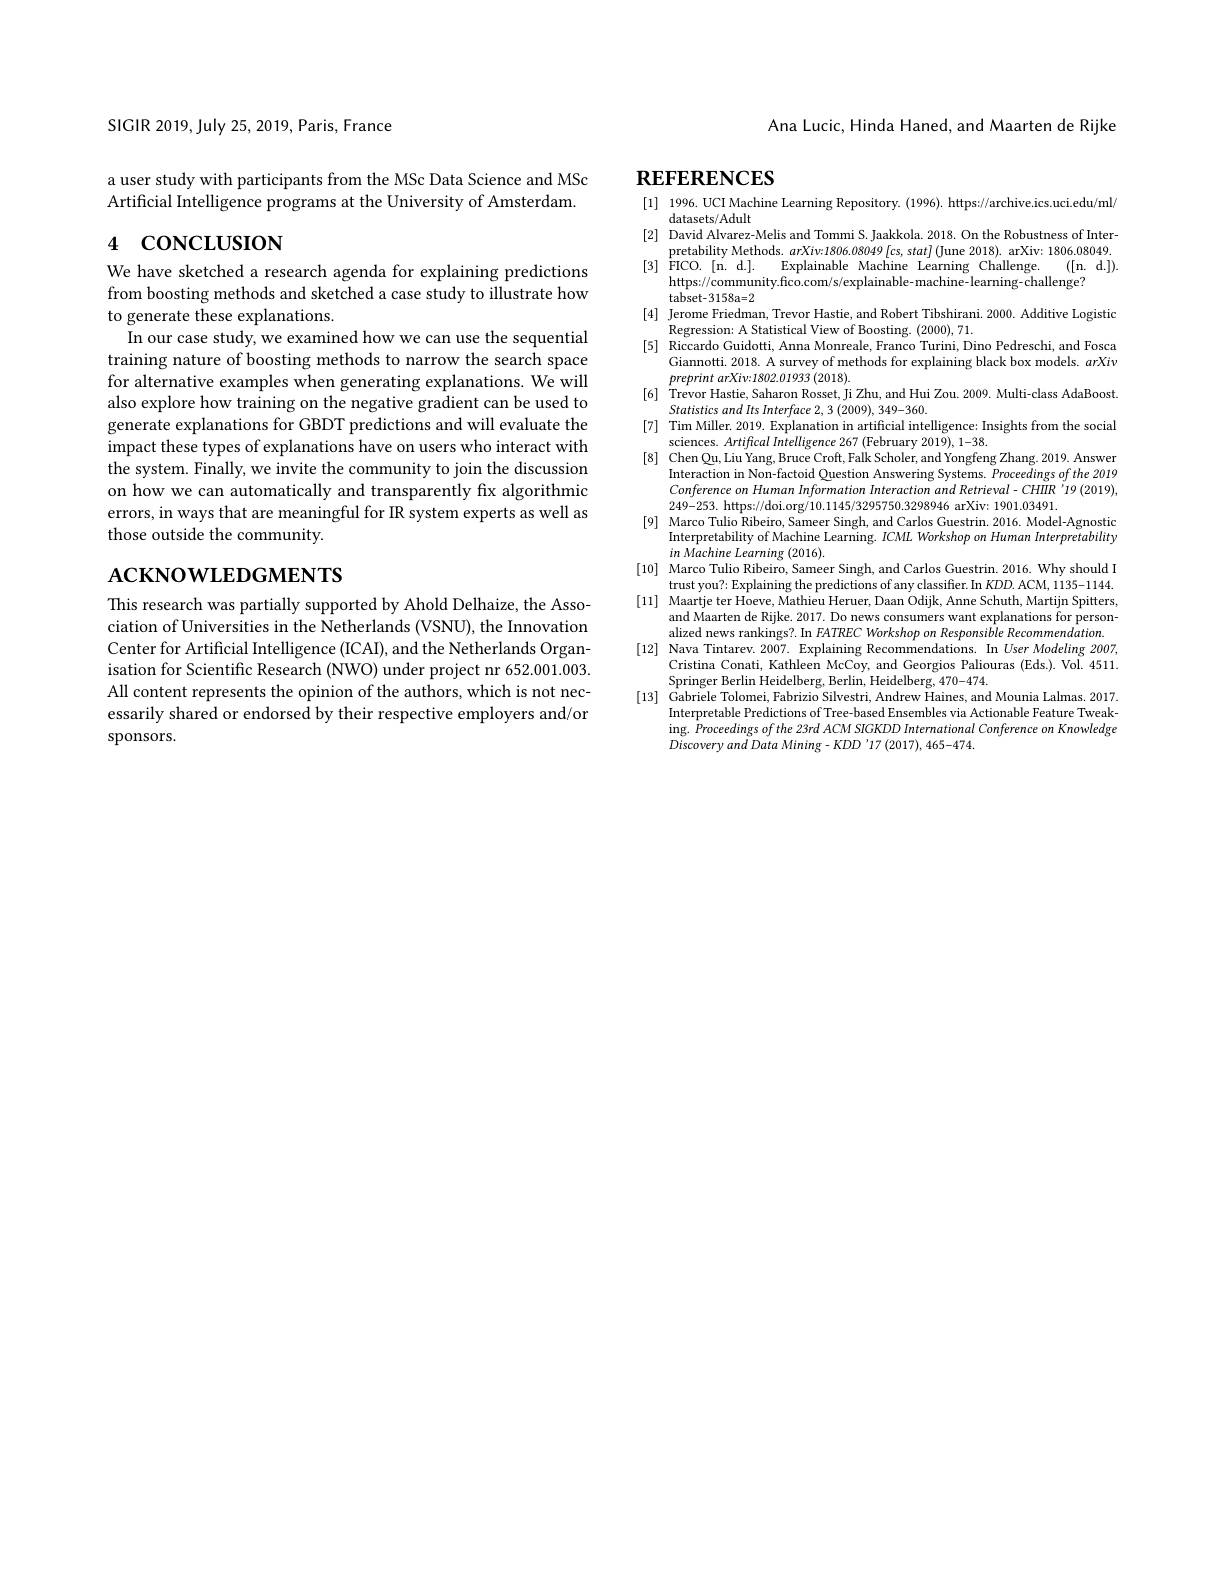
Ana Lucic, Hinda Haned, and Maarten de Rijke

SIGIR 2019, July 25,2019, Paris, France

a user study with participants from the MSc Data Science and MSc Artificial Intelligence programs at the University of Amsterdam.

# 4 concLusıon

We have sketched a research agenda for explaining predictions from boosting methods and sketched a case study to illustrate how to generate these explanations.
In our case study, we examined how we can use the sequential training nature of boosting methods to narrow the search space for alternative examples when generating explanations. We will also explore how training on the negative gradient can be used to generate explanations for GBDT predictions and will evaluate the impact these types of explanations have on users who interact with the system. Finally, we invite the community to join the discussion on how we can automatically and transparently fx algorithmic errors, in ways that are meaningful for IR system experts as well as those outside the community.

# $\mathbf{ACKNOWLEDGMENTS}$

This research was partially supported by Ahold Delhaize, the Association of Universities in the Netherlands (VSNU), the Innovation Center for Artificial Intelligence (ICAI), and the Netherlands Organisation for Scientific Research (NWO) under project nr 652.001.003. All content represents the opinion of the authors, which is not necessarily shared or endorsed by their respective employers and/or sponsors.

# $\mathbf{REFERENCES}$

[1] 1996. UCI Machine Learning Repository. (1996). https://archive.ics.uci.edu/ml/
datasets/Adult
[2] David Alvarez-Melis and Tommi S. Jaakkola. 2018. On the Robustness of Inter-
pretability Methods. $arXiv:1806.08049[cs,stat]($June 2018). arXiv: 1806.08049.
[3] $\overset {1}{\operatorname* { \operatorname* { \operatorname* { FICO. } } } }[$n. d.].
Explainable Machine Learning Challenge.
([n.$\textbf{d. }] ) .$
https://community.fico.com/s/explainable- machine- learning-challenge?
${\mathrm{tabset-3158a=2}}$
[4] Jerome Friedman, Trevor Hastie, and Robert Tibshirani. 2000. Additive Logistic
Regression: A Statistical View of Boosting. (2000), 71.
[5] Riccardo Guidotti, Anna Monreale, Franco Turini, Dino Pedreschi, and Fosca
Giannotti. 2018. A survey of methods for explaining black box models. arXiv
preprint $arXiv{: }1802. 01933$ (2018).
[6] Trevor Hastie, Saharon Rosset, Ji Zhu, and Hui Zou. 2009. Multi-class AdaBoost.
Statistics and Its Interface 2, 3 (2009), 349-360.
[7] Tim Miller. 2019. Explanation in artificial intelligence: Insights from the social
sciences. Artifical Intelligence 267 (February 2019), 1-38.
[8] Chen Qu, Liu Yang, Bruce Croft, Falk Scholer, and Yongfeng Zhang. 2019. Answer
Interaction in Non-factoid Question Answering Systems. Proceedings ofthe 2019 Conference on Human Information Interaction and Retrieval- CHIIR '19 (2019), 249-253. https://doi.org/10.1145/3295750.3298946 arXiv: 1901.03491.
[9] Marco Tulio Ribeiro, Sameer Singh, and Carlos Guestrin. 2016. Model-Agnostic
Interpretability of Machine Learning. $ICML$ Workshop on Human Interpretability
$in\textit{ Machine Learming ( 2016) . }$
[10] Marco Tulio Ribeiro, Sameer Singh, and Carlos Guestrin. 2016. Why should I
trust you?: Explaining the predictions of any classifier. In $KDD.$ ACM, 1135-1144. [11] Maartje ter Hoeve, Mathieu Heruer, Daan Odijk, Anne Schuth, Martijn Spitters,
and Maarten de Rijke. 2017. Do news consumers want explanations for personalized news rankings?. In FATREC Workshop on Responsi$\dot {ble}\textit{Recommendation. }$
[12] Nava Tintarev. 2007. Explaining Recommendations. In User Modeling 2007,
Cristina Conati, Kathleen McCoy, and Georgios Paliouras (Eds.).Vol. 4511.
Springer Berlin Heidelberg, Berlin, Heidelberg, 470-474.
[13] Gabriele Tolomei, Fabrizio Silvestri, Andrew Haines, and Mounia Lalmas. 2017.
Interpretable Predictions of Tree-based Ensembles via Actionable Feature Tweaking. Proceedings of the 23rd ACM SIGKDD International Conference on Knowledge Discoveryand Data Mining- KDD'17 (2017), 465-474.